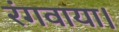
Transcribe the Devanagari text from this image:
रंगवाया।